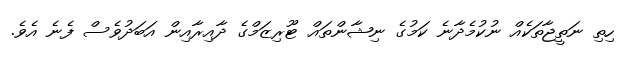
ހިތި ނަތީޖާތަކެއް ނުކުމެދާނެ ކަމުގެ ނިޝާންތައް ޓޫރިޒަމްގެ ދާއިރާއިން އަބަދުވެސް ފެނެ އެވެ.